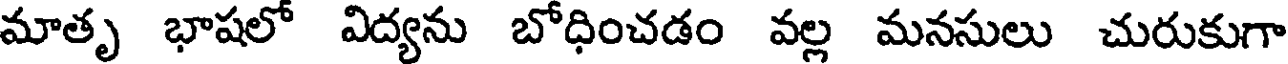
మాతృ భాషలో విద్యను బోధించడం వల్ల మనసులు చురుకుగా